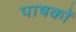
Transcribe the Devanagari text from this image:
पाषकों